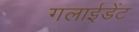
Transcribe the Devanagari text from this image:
गलाईडेंट